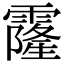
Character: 霳